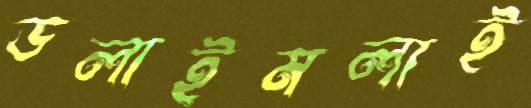
ডলাইমলাই